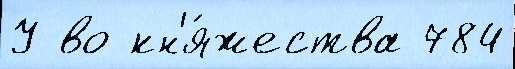
У во кн'я́жества 784